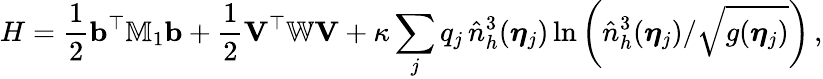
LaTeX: {H}=\frac{1}{2}{\mathbf b}^{\top}{\mathbb{M}}_{1}{\mathbf b}+\frac{1}{2}{\mathbf V}^{\top}\mathbb{W}{\mathbf V}+\kappa\sum_{j}q_{j}\, \hat{n}_{h}^{3}(\boldsymbol\eta_{j})\ln\left(\hat{n}_{h}^{3}(\boldsymbol\eta_{j})/\sqrt{g(\boldsymbol\eta_{j})}\right)\, ,